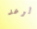
الرعد